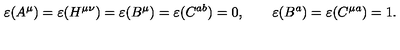
\varepsilon ( A ^ { \mu } ) = \varepsilon ( H ^ { \mu \nu } ) = \varepsilon ( B ^ { \mu } ) = \varepsilon ( C ^ { a b } ) = 0 , \qquad \varepsilon ( B ^ { a } ) = \varepsilon ( C ^ { \mu a } ) = 1 .